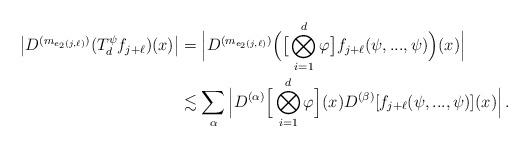
LaTeX: \begin{align*} \big|D^{(m_{e_2(j,\ell)})}(T^{\psi}_df_{j+\ell})(x)\big|& = \Big|D^{(m_{e_2(j,\ell)})}\Big( \big[\bigotimes_{i=1}^d\varphi\big] f_{j+\ell}(\psi ,...,\psi )\Big)(x)\Big|\\&\lesssim \sum_{\alpha}\Big| D^{(\alpha)} \Big[ \bigotimes_{i=1}^d\varphi\Big](x) D^{(\beta)}[f_{j+\ell}(\psi ,...,\psi)](x)\Big|\,. \end{align*}